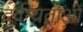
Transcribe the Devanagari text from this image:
दुर्दम्यताओं